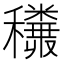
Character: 𥤅